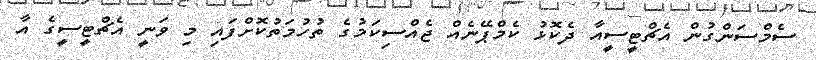
ސެމްސަންގުން އެޗްޓީސީއާ ދެކޮޅު ކެމްޕޭނެއް ޖެއްސިކަމުގެ ތުހުމަތުކޮށްފައި މި ވަނީ އެޗްޓީސީގެ އާ